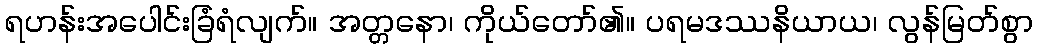
ရဟန်းအပေါင်းခြံရံလျက်။ အတ္တနော၊ ကိုယ်တော်၏။ ပရမဒဿနိယာယ၊ လွန်မြတ်စွာ